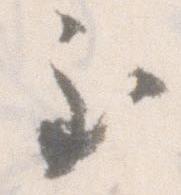
至